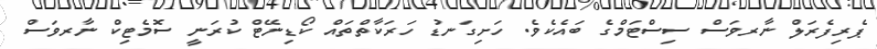
ޕެރިފެރަލް ނާރވަސް ސިސްޓަމްގެ ބައެކެވެ. ހަށިގަނޑު ހަރަކާތްތައް ކޯޑިނޭޓް ކުރަނީ ސޮމެޓިކް ނާރވަސް